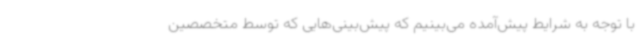
با توجه به شرایط پیش‌آمده می‌بینیم که پیش‌بینی‌هایی که توسط متخصصین